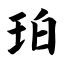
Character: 珀